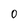
Character: 0